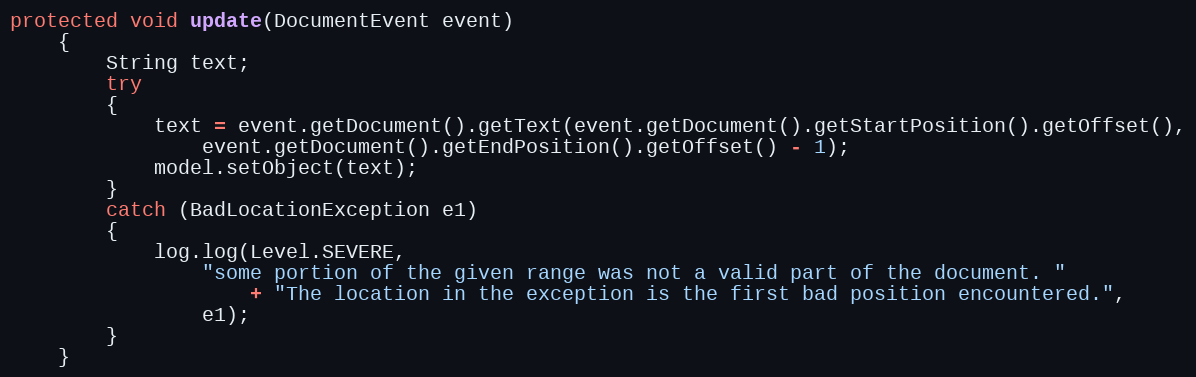
Language: Java
protected void update(DocumentEvent event)
	{
		String text;
		try
		{
			text = event.getDocument().getText(event.getDocument().getStartPosition().getOffset(),
				event.getDocument().getEndPosition().getOffset() - 1);
			model.setObject(text);
		}
		catch (BadLocationException e1)
		{
			log.log(Level.SEVERE,
				"some portion of the given range was not a valid part of the document. "
					+ "The location in the exception is the first bad position encountered.",
				e1);
		}
	}